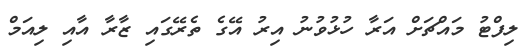
ލިފްޓު މައްޗަށް އަރާ ހުޅުވުނު އިރު އޭގެ ތެރޭގައި ޒާރާ އާއި ލިއަމް